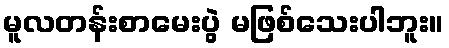
မူလတန်းစာမေးပွဲ မဖြစ်သေးပါဘူး။